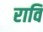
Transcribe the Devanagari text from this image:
रावि